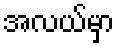
အလယ်မှာ